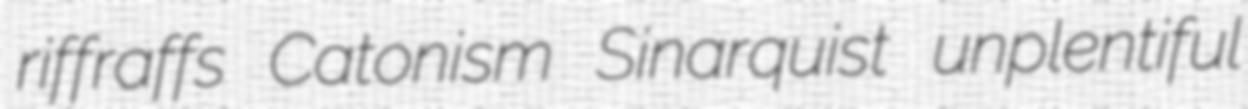
riffraffs Catonism Sinarquist unplentiful